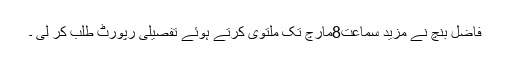
فاضل بنچ نے مزید سماعت8مارچ تک ملتوی کرتے ہوئے تفصیلی رپورٹ طلب کر لی ۔